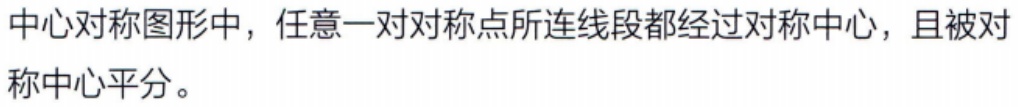
中心对称图形中，任意一对对称点所连线段都经过对称中心，且被对称中心平分。